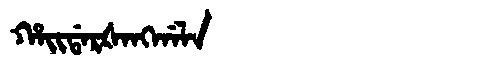
Manchu: ᡥᠠᡳᡩᠠᡵᡧᠠᠩᡤᠠᠯᠠ
Romanization: HAIDARŠANGGALA